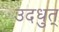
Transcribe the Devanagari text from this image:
उदधुत्